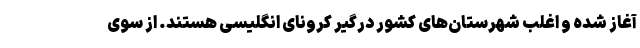
آغاز شده و اغلب شهرستان‌های کشور درگیر کرونای انگلیسی هستند. از سوی